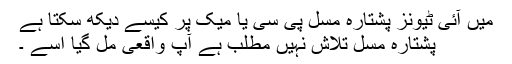
میں آئی ٹیونز پشتارہ مسل پی سی یا میک پر کیسے دیکھ سکتا ہے
پشتارہ مسل تلاش نہیں مطلب ہے آپ واقعی مل گیا اسے ۔